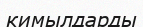
кимылдарды